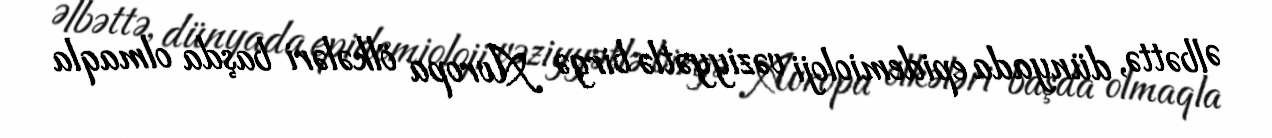
Əlbəttə, dünyada epidemioloji vəziyyətlə birgə Avropa ölkələri başda olmaqla